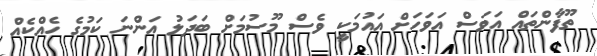
ތޫފާންތައް އަވަސް އަވަހަށް އައުމަކީ ވެސް މޫސުމަށް ބަދަލު އަންނަ ކަމުގެ ހެއްކެއް